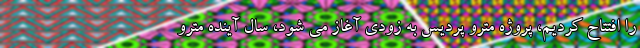
را افتتاح کردیم، پروژه مترو پردیس به زودی آغاز می شود، سال آینده مترو